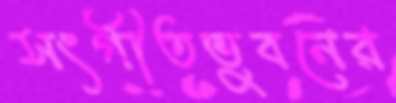
সংগীতভুবনের